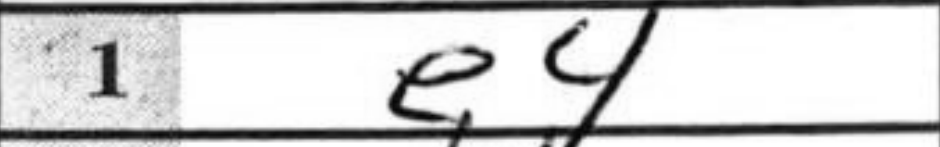
Transcription: e4